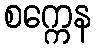
စက္ကေန